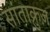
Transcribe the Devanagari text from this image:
सांताक्रुज़